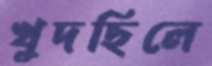
খুদছিলে